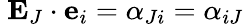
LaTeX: \ \mathbf{E}_{J}\cdot\mathbf{e}_{i}=\alpha_{Ji}=\alpha_{iJ}